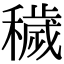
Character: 穢